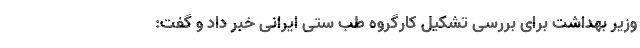
وزیر بهداشت برای بررسی تشکیل کارگروه طب ستی ایرانی خبر داد و گفت: